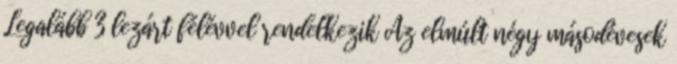
Legalább 3 lezárt félévvel rendelkezik Az elmúlt négy másodévesek